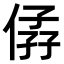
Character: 𠊩